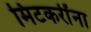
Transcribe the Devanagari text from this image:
मिटकरींना